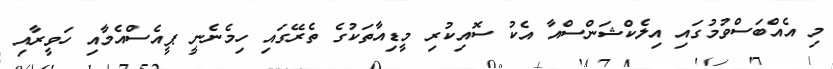
މި އެއްބަސްވުމުގައި އިލެކްޝަންސްއާ އެކު ސޮއިކުރި މީޑިއާތަކުގެ ތެރޭގައި ހިމެނެނީ ޕީއެސްއެމާއި ހަވީރާއި